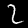
Digit: 2